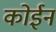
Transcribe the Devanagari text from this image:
कोईन